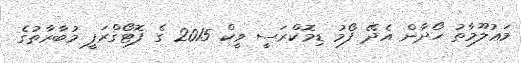
މަޢުލޫމާތު ހޯދާން އެދޭ ފޯމު ޑިމޮކްރަސީ ވީކް 2015 ގެ ފޮޓޯގްރަފީ މުބާރާތުގެ